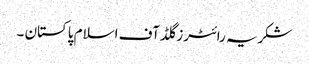
شکریہ رائٹرز گلڈ آف اسلام پاکستان ۔